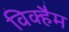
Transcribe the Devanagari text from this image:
विक्हैम